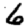
Digit: 6